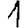
Digit: 1